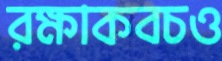
রক্ষাকবচও